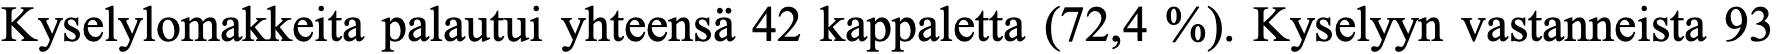
Kyselylomakkeita palautui yhteensä 42 kappaletta (72,4 %). Kyselyyn vastanneista 93